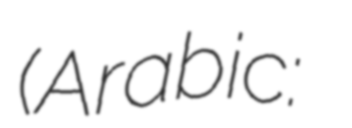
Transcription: (Arabic: كأس